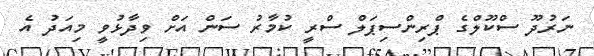
ނަރުދޫ ސްކޫލްގެ ޕްރިންސިޕަލް ސްރީ ކުމާރު ސަން އަށް ވިދާޅުވީ މިއަދު އެ